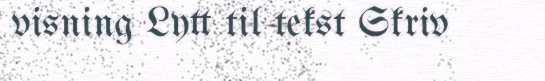
visning Lytt til tekst Skriv